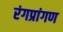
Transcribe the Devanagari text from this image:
रंगप्रांगण